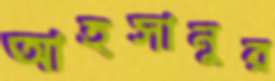
আহসানুর